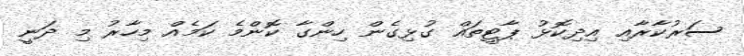
ސަރުކާރާއި އިދިކޮޅު ޕާޓީތައް ގުޅިގެން ހިންގާ ކޮންމެ ކަމެއް މިހާރު މި ދަނީ